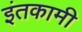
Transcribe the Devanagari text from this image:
इंतकामी